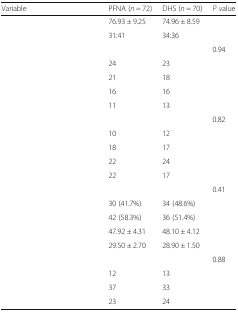
<table><thead><tr><td><b>Variable</b></td><td><b>PFNA (<i>n</i> = 72)</b></td><td><b>DHS (<i>n</i> = 70)</b></td><td><b><i>P</i> value</b></td></tr></thead><tbody><tr><td>[EMPTY_CELL]</td><td>76.93 ± 9.25</td><td>74.96 ± 8.59</td><td>[EMPTY_CELL]</td></tr><tr><td>[EMPTY_CELL]</td><td>31:41</td><td>34:36</td><td>[EMPTY_CELL]</td></tr><tr><td colspan="3">[EMPTY_CELL]</td><td>0.94</td></tr><tr><td>[EMPTY_CELL]</td><td>24</td><td>23</td><td>[EMPTY_CELL]</td></tr><tr><td>[EMPTY_CELL]</td><td>21</td><td>18</td><td>[EMPTY_CELL]</td></tr><tr><td>[EMPTY_CELL]</td><td>16</td><td>16</td><td>[EMPTY_CELL]</td></tr><tr><td>[EMPTY_CELL]</td><td>11</td><td>13</td><td>[EMPTY_CELL]</td></tr><tr><td colspan="3">[EMPTY_CELL]</td><td>0.82</td></tr><tr><td>[EMPTY_CELL]</td><td>10</td><td>12</td><td>[EMPTY_CELL]</td></tr><tr><td>[EMPTY_CELL]</td><td>18</td><td>17</td><td>[EMPTY_CELL]</td></tr><tr><td>[EMPTY_CELL]</td><td>22</td><td>24</td><td>[EMPTY_CELL]</td></tr><tr><td>[EMPTY_CELL]</td><td>22</td><td>17</td><td>[EMPTY_CELL]</td></tr><tr><td colspan="3">[EMPTY_CELL]</td><td>0.41</td></tr><tr><td>[EMPTY_CELL]</td><td>30 (41.7%)</td><td>34 (48.6%)</td><td>[EMPTY_CELL]</td></tr><tr><td>[EMPTY_CELL]</td><td>42 (58.3%)</td><td>36 (51.4%)</td><td>[EMPTY_CELL]</td></tr><tr><td>[EMPTY_CELL]</td><td>47.92 ± 4.31</td><td>48.10 ± 4.12</td><td>[EMPTY_CELL]</td></tr><tr><td>[EMPTY_CELL]</td><td>29.50 ± 2.70</td><td>28.90 ± 1.50</td><td>[EMPTY_CELL]</td></tr><tr><td colspan="3">[EMPTY_CELL]</td><td>0.88</td></tr><tr><td>[EMPTY_CELL]</td><td>12</td><td>13</td><td>[EMPTY_CELL]</td></tr><tr><td>[EMPTY_CELL]</td><td>37</td><td>33</td><td>[EMPTY_CELL]</td></tr><tr><td>[EMPTY_CELL]</td><td>23</td><td>24</td><td>[EMPTY_CELL]</td></tr></tbody></table>